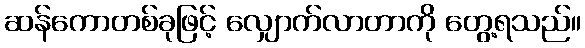
ဆန်ကောတစ်ခုဖြင့် လျှောက်လာတာကို တွေ့ရသည်။